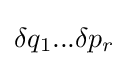
\delta q_{1}...\delta p_{r}